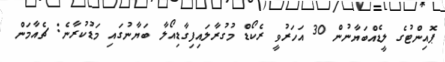
ޕޮއިންޓުގެ ލީޑެއްބަޔާނުން 30 އަހަރުވީ ރެކޯޑް މުގުރާލައިފިގާޑިއޯލާ ބަޔާނުގައި މަޑުކުރާނެ: ޗެއާމަން